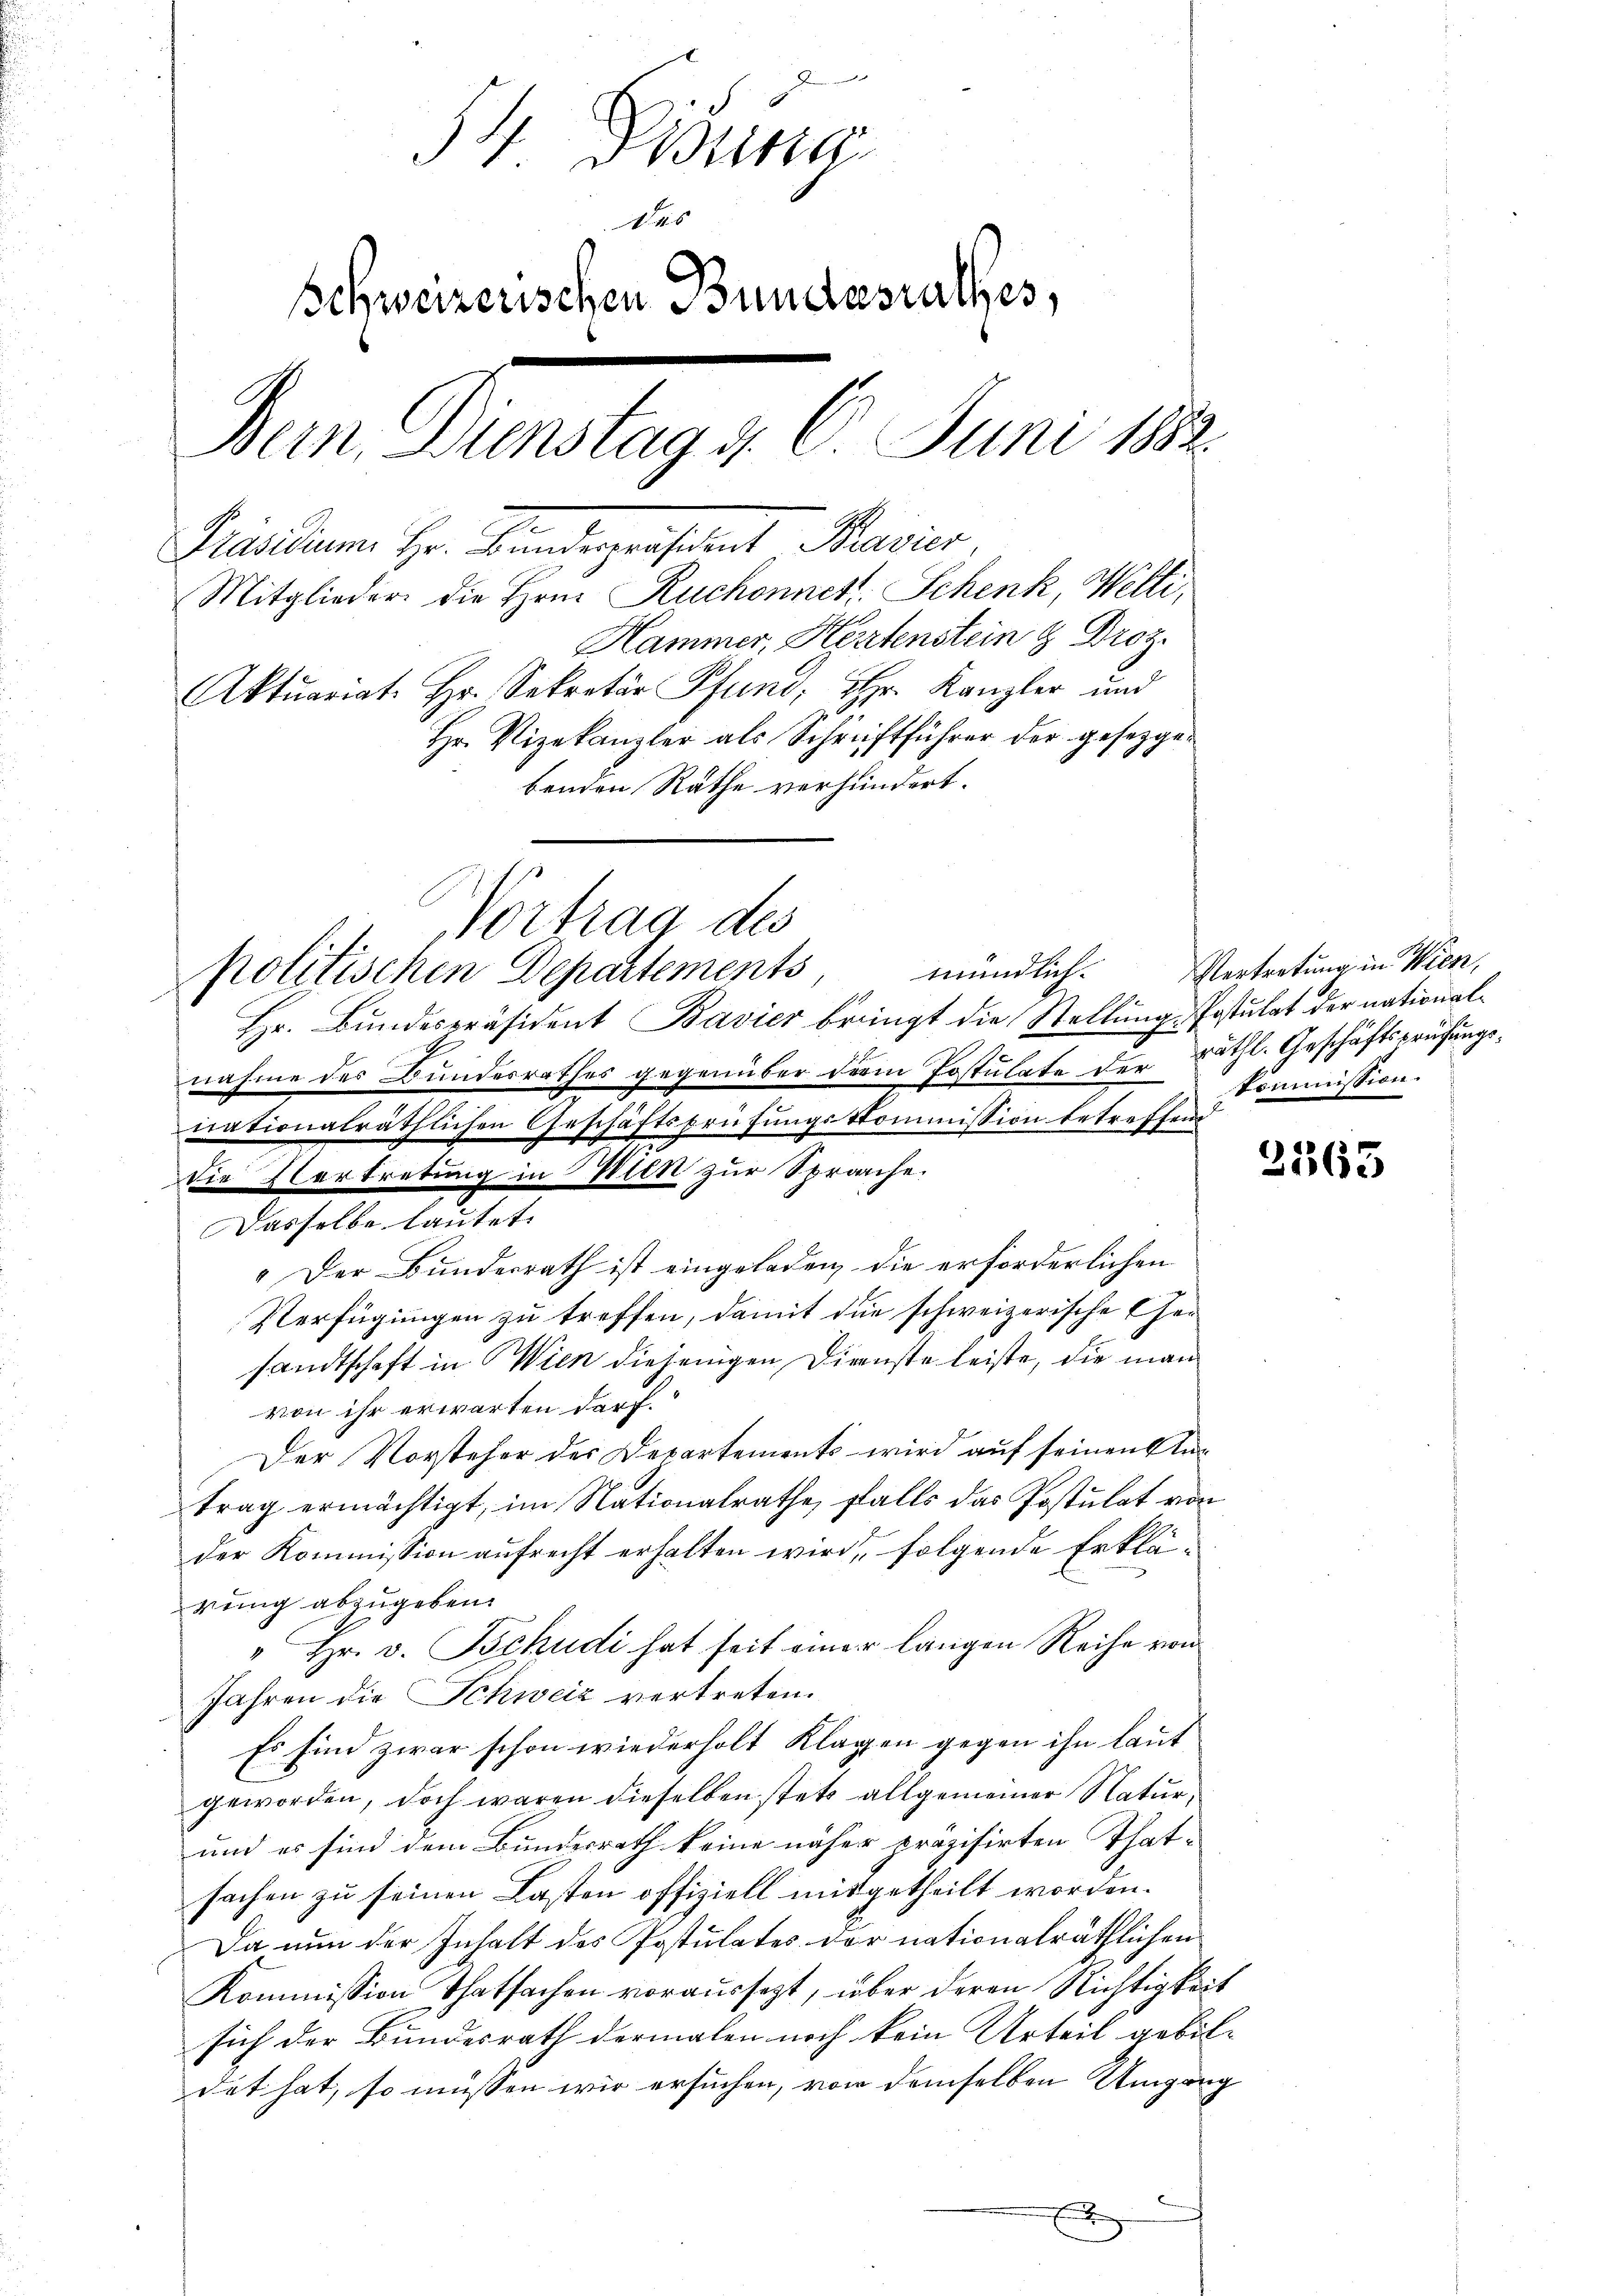
3t Bitte
das
Schweizerischen Bundesrathes,
den Gunstung, l. Juni 189.
Mäsiden Hr. Bandergenstant Marier
Mitglieder die Hrn. Ruchonnett. Schenk, Welti,
Hammer, Hertenstein & Droz.
Aktuariat. Hr. Sekretär Pfund; Hr. Kanzler und
Hr. Vizekanzler als Schriftführer der gesetzgebenden Rathe verhindert.

politischen Departements
Hr. Bundespräsident Bavier bringt die Stellung Postulat der nationalnahme des Bundesrathes gegenüber der Postulate der räthl. Geschäftsprüfungs¬
Dasselbe lautet.
" Der Bunderrath ist eingeladen, die erforderlichen
Verfügungen zu treffen, damit die schweizerische Ger
sandtschaft in Wien diejenigen Dienste leiste, die man
von ihr erwarten darf.
Der Vorsteher des Departements wird auf seinen Antrag ermächtigt, im Nationalrathe, falls das Postulat von
der Kommission aufrecht erhalten wird, folgende Erklärung abzugeben.
"Hr. v. Tschudi hat seit einer langen Reihe von
Jahren die Schweiz vertreten.
Es sind zwar schon wiederholt Klagen gegen ihn laut
geworden, doch waren dieselben stets allgemeiner Natur,
und es sind dem Bundesrath keine näher präzisirten Thatsachen zu seinen Lasten offiziell mitgetheilt worden.
Da nun der Inhalt des Postulates der nationalräthlichen
Kommission Thatsachen voraussetzt, über deren Richtigkeit
sich der Bundesrath dermalen noch kein Urteil gebil-
det hat, so müssen wir ersuchen, von demselben Umgang
x

Vortrag des

die Vertretung in Wien zur Sprache.

nationalräthlichen Geschäftsprüfungskommission betreffend

mündlich.

Vertretung in Wien,
kommission.

2565